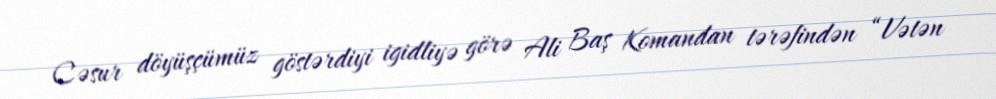
Cəsur döyüşçümüz göstərdiyi igidliyə görə Ali Baş Komandan tərəfindən “Vətən